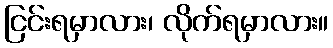
ငြင်းရမှာလား၊ လိုက်ရမှာလား။